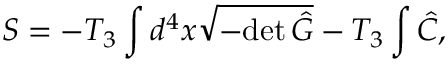
S = - T _ { 3 } \int d ^ { 4 } x \sqrt { - \mathrm { d e t } \, \hat { G } } - T _ { 3 } \int \hat { C } ,